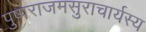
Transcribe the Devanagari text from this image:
पुष्पराजमसुराचार्यस्य